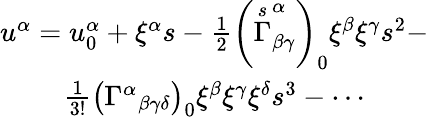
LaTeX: \begin{array}{c}{{u^{\alpha}=u_{0}^{\alpha}+\xi^{\alpha}s-\frac 12\left(\stackrel{s}{\Gamma}_{\beta\gamma}^{\alpha}\right)_{0}\xi^{\beta}\xi^{\gamma}s^{2}-}}\\ {{\frac 1{3!}\left(\Gamma^{\alpha}{}_{\beta\gamma\delta}\right)_{0}\xi^{\beta}\xi^{\gamma}\xi^{\delta}s^{3}-\cdots}}\end{array}